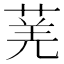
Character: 𬝆